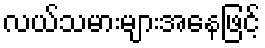
လယ်သမားများအနေဖြင့်